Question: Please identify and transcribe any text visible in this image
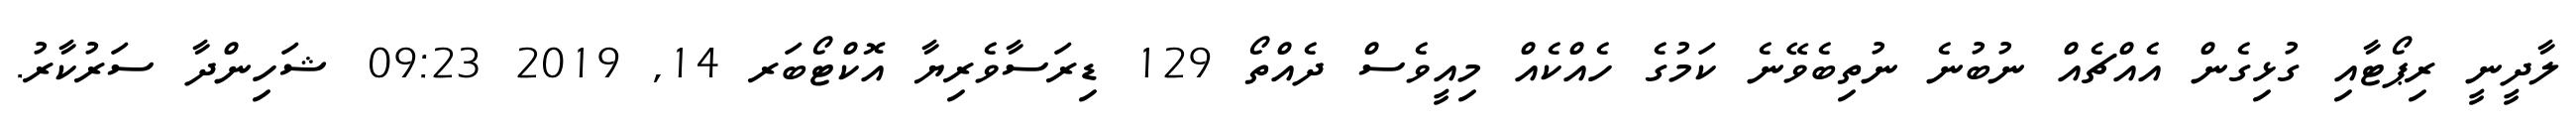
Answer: ލާދީނީ ރިޕޯޓާއި ގުޅިގެން އެއްޗެއް ނުބުނެ ނުތިބެވޭނެ ކަމުގެ ހެއްކެއް މިއީވެސް ދެއްތޯ 129 ޑިރަސާވެރިޔާ އޮކްޓޯބަރ 14, 2019 09:23 ޝަހިންދާ ސަރުކާރު.